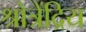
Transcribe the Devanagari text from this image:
श्रोत्रेंद्रिय